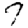
Digit: 7